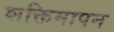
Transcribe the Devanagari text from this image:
शक्तिमापन